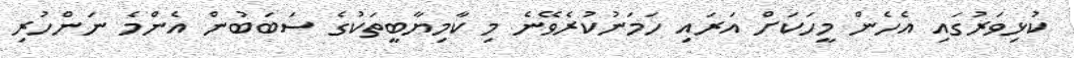
ކުޅިވަރުގައި އެހެން މީހަކަށް އަރައި ހަމަނުކުރެވޭނެ މި ކާމިޔާބީތަކުގެ ސަބަބުން އެންމެ ނަންހުރި